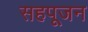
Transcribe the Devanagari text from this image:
सहपूजन